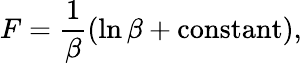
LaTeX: F=\frac 1\beta\left(\ln\beta+\mathrm{constant}\right),